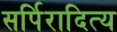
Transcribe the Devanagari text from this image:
सर्पिरादित्य